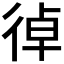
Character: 𢔄